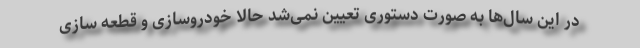
در این سال‌ها به صورت دستوری تعیین نمی‌شد حالا خودروسازی و قطعه سازی